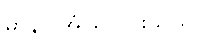
မာနာ အံ့ဩသွားသည်။